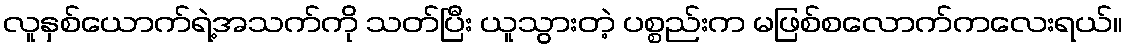
လူနှစ်ယောက်ရဲ့အသက်ကို သတ်ပြီး ယူသွားတဲ့ ပစ္စည်းက မဖြစ်စလောက်ကလေးရယ်။